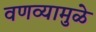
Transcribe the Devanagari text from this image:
वणव्यामुळे